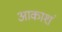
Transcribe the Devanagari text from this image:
आकाशं